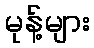
မုန့်များ